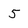
Character: 5